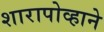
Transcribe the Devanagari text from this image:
शारापोव्हाने